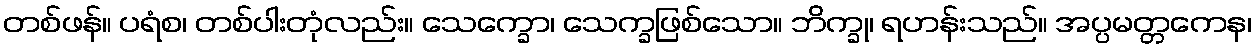
တစ်ဖန်။ ပရံစ၊ တစ်ပါးတုံလည်း။ သေက္ခော၊ သေက္ခဖြစ်သော။ ဘိက္ခု၊ ရဟန်းသည်။ အပ္ပမတ္တကေန၊